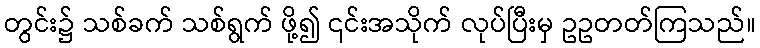
တွင်း၌ သစ်ခက် သစ်ရွက် ဖို့၍ ၎င်းအသိုက် လုပ်ပြီးမှ ဥဥတတ်ကြသည်။